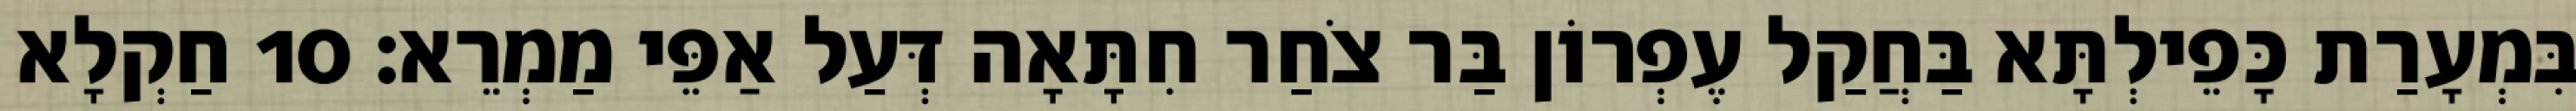
בִּמְעָרַת כָּפֵילְתָּא בַּחֲקַל עֶפְרוֹן בַּר צֹחַר חִתָּאָה דְּעַל אַפֵּי מַמְרֵא׃ 10 חַקְלָא